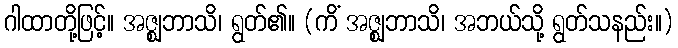
ဂါထာတို့ဖြင့်။ အဇ္ဈဘာသိ၊ ရွတ်၏။ (ကိံ အဇ္ဈဘာသိ၊ အဘယ်သို့ ရွတ်သနည်း။)